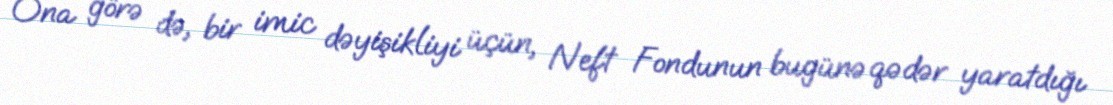
Ona görə də, bir imic dəyişikliyi üçün, Neft Fondunun bugünə qədər yaratdığı